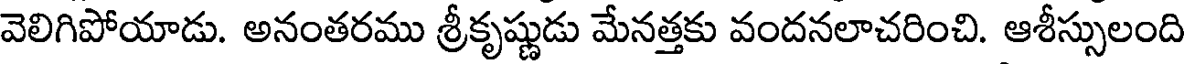
వెలిగిపోయాడు. అనంతరము శ్రీకృష్ణుడు మేనత్తకు వందనలాచరించి. ఆశీస్సులంది